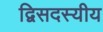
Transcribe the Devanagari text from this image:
द्विसदस्यीय